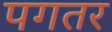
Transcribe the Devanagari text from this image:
पगतर